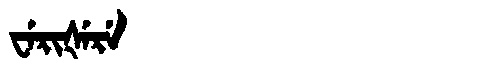
Manchu: ᠸᡝᡵᡳᡧᡝᡵᡝ
Romanization: WERIŠERE